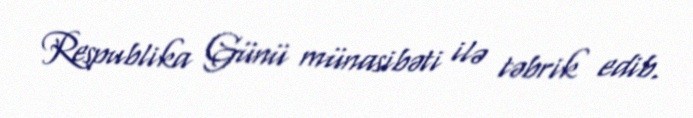
Respublika Günü münasibəti ilə təbrik edib.